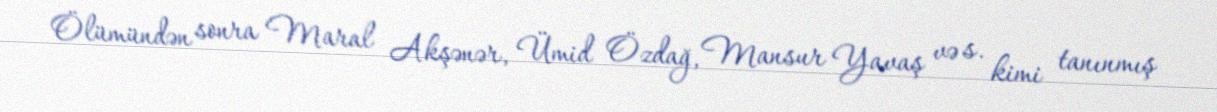
Ölümündən sonra Maral Akşənər, Ümid Özdağ, Mansur Yavaş və s. kimi tanınmış